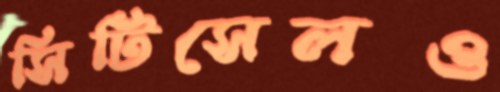
সিটিসেলও